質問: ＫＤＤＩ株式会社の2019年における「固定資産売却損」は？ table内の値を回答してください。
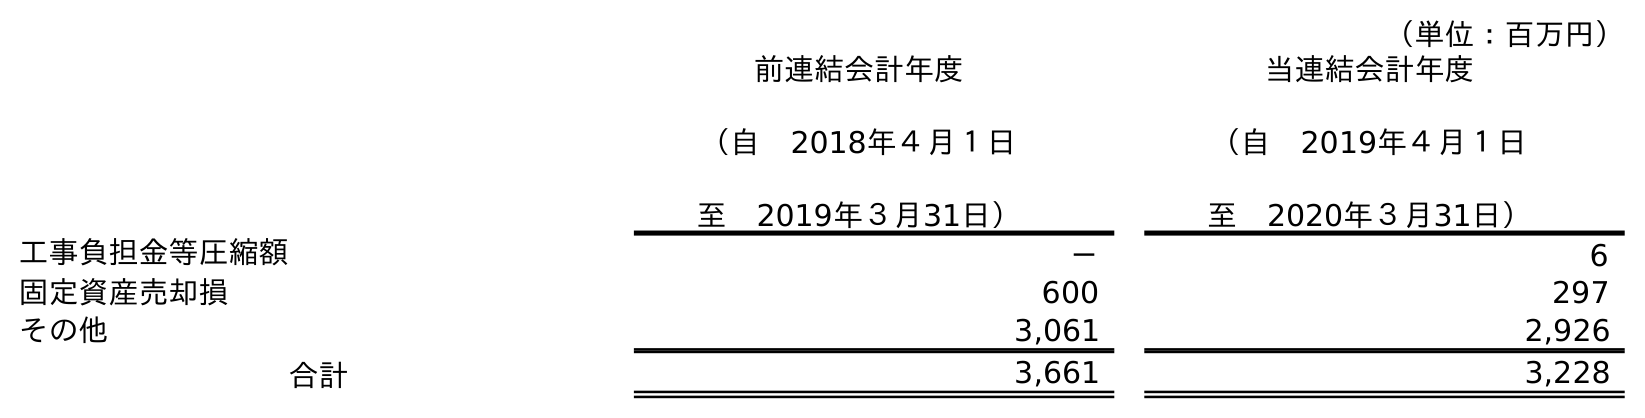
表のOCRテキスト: （単位：百万円） 前連結会計年度 （自 2018年４月１日 至 2019年３月31日） 当連結会計年度 （自 2019年４月１日 至 2020年３月31日） 工事負担金等圧縮額 － 6 固定資産売却損 600 297 その他 3,061 2,926 合計 3,661 3,228
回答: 600